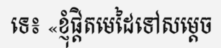
ទេ៖ «ខ្ញុំផ្តិតមេដៃទៅសម្តេច